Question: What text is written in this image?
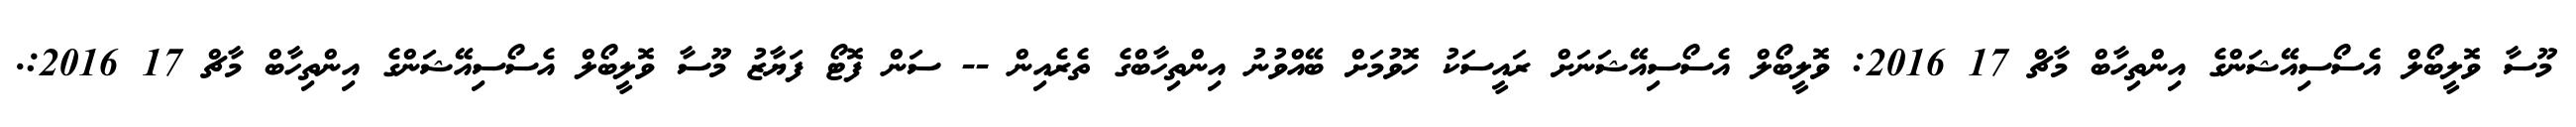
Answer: މޫސާ ވޮލީބޯލް އެސޯސިއޭޝަންގެ އިންތިހާބް މާޗް 17 2016: ވޮލީބޯލް އެސޯސިއޭޝަނަށް ރައީސަކު ހޮވުމަށް ބޭއްވުނު އިންތިހާބްގެ ތެރެއިން -- ސަން ފޮޓޯ ފަޔާޒު މޫސާ ވޮލީބޯލް އެސޯސިއޭޝަންގެ އިންތިހާބް މާޗް 17 2016:.